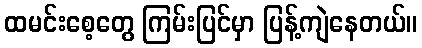
ထမင်းစေ့တွေ ကြမ်းပြင်မှာ ပြန့်ကျဲနေတယ်။